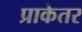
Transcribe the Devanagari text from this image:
प्राकेतर